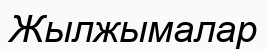
Жылжымалар